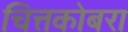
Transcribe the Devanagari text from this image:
चित्तकोबरा